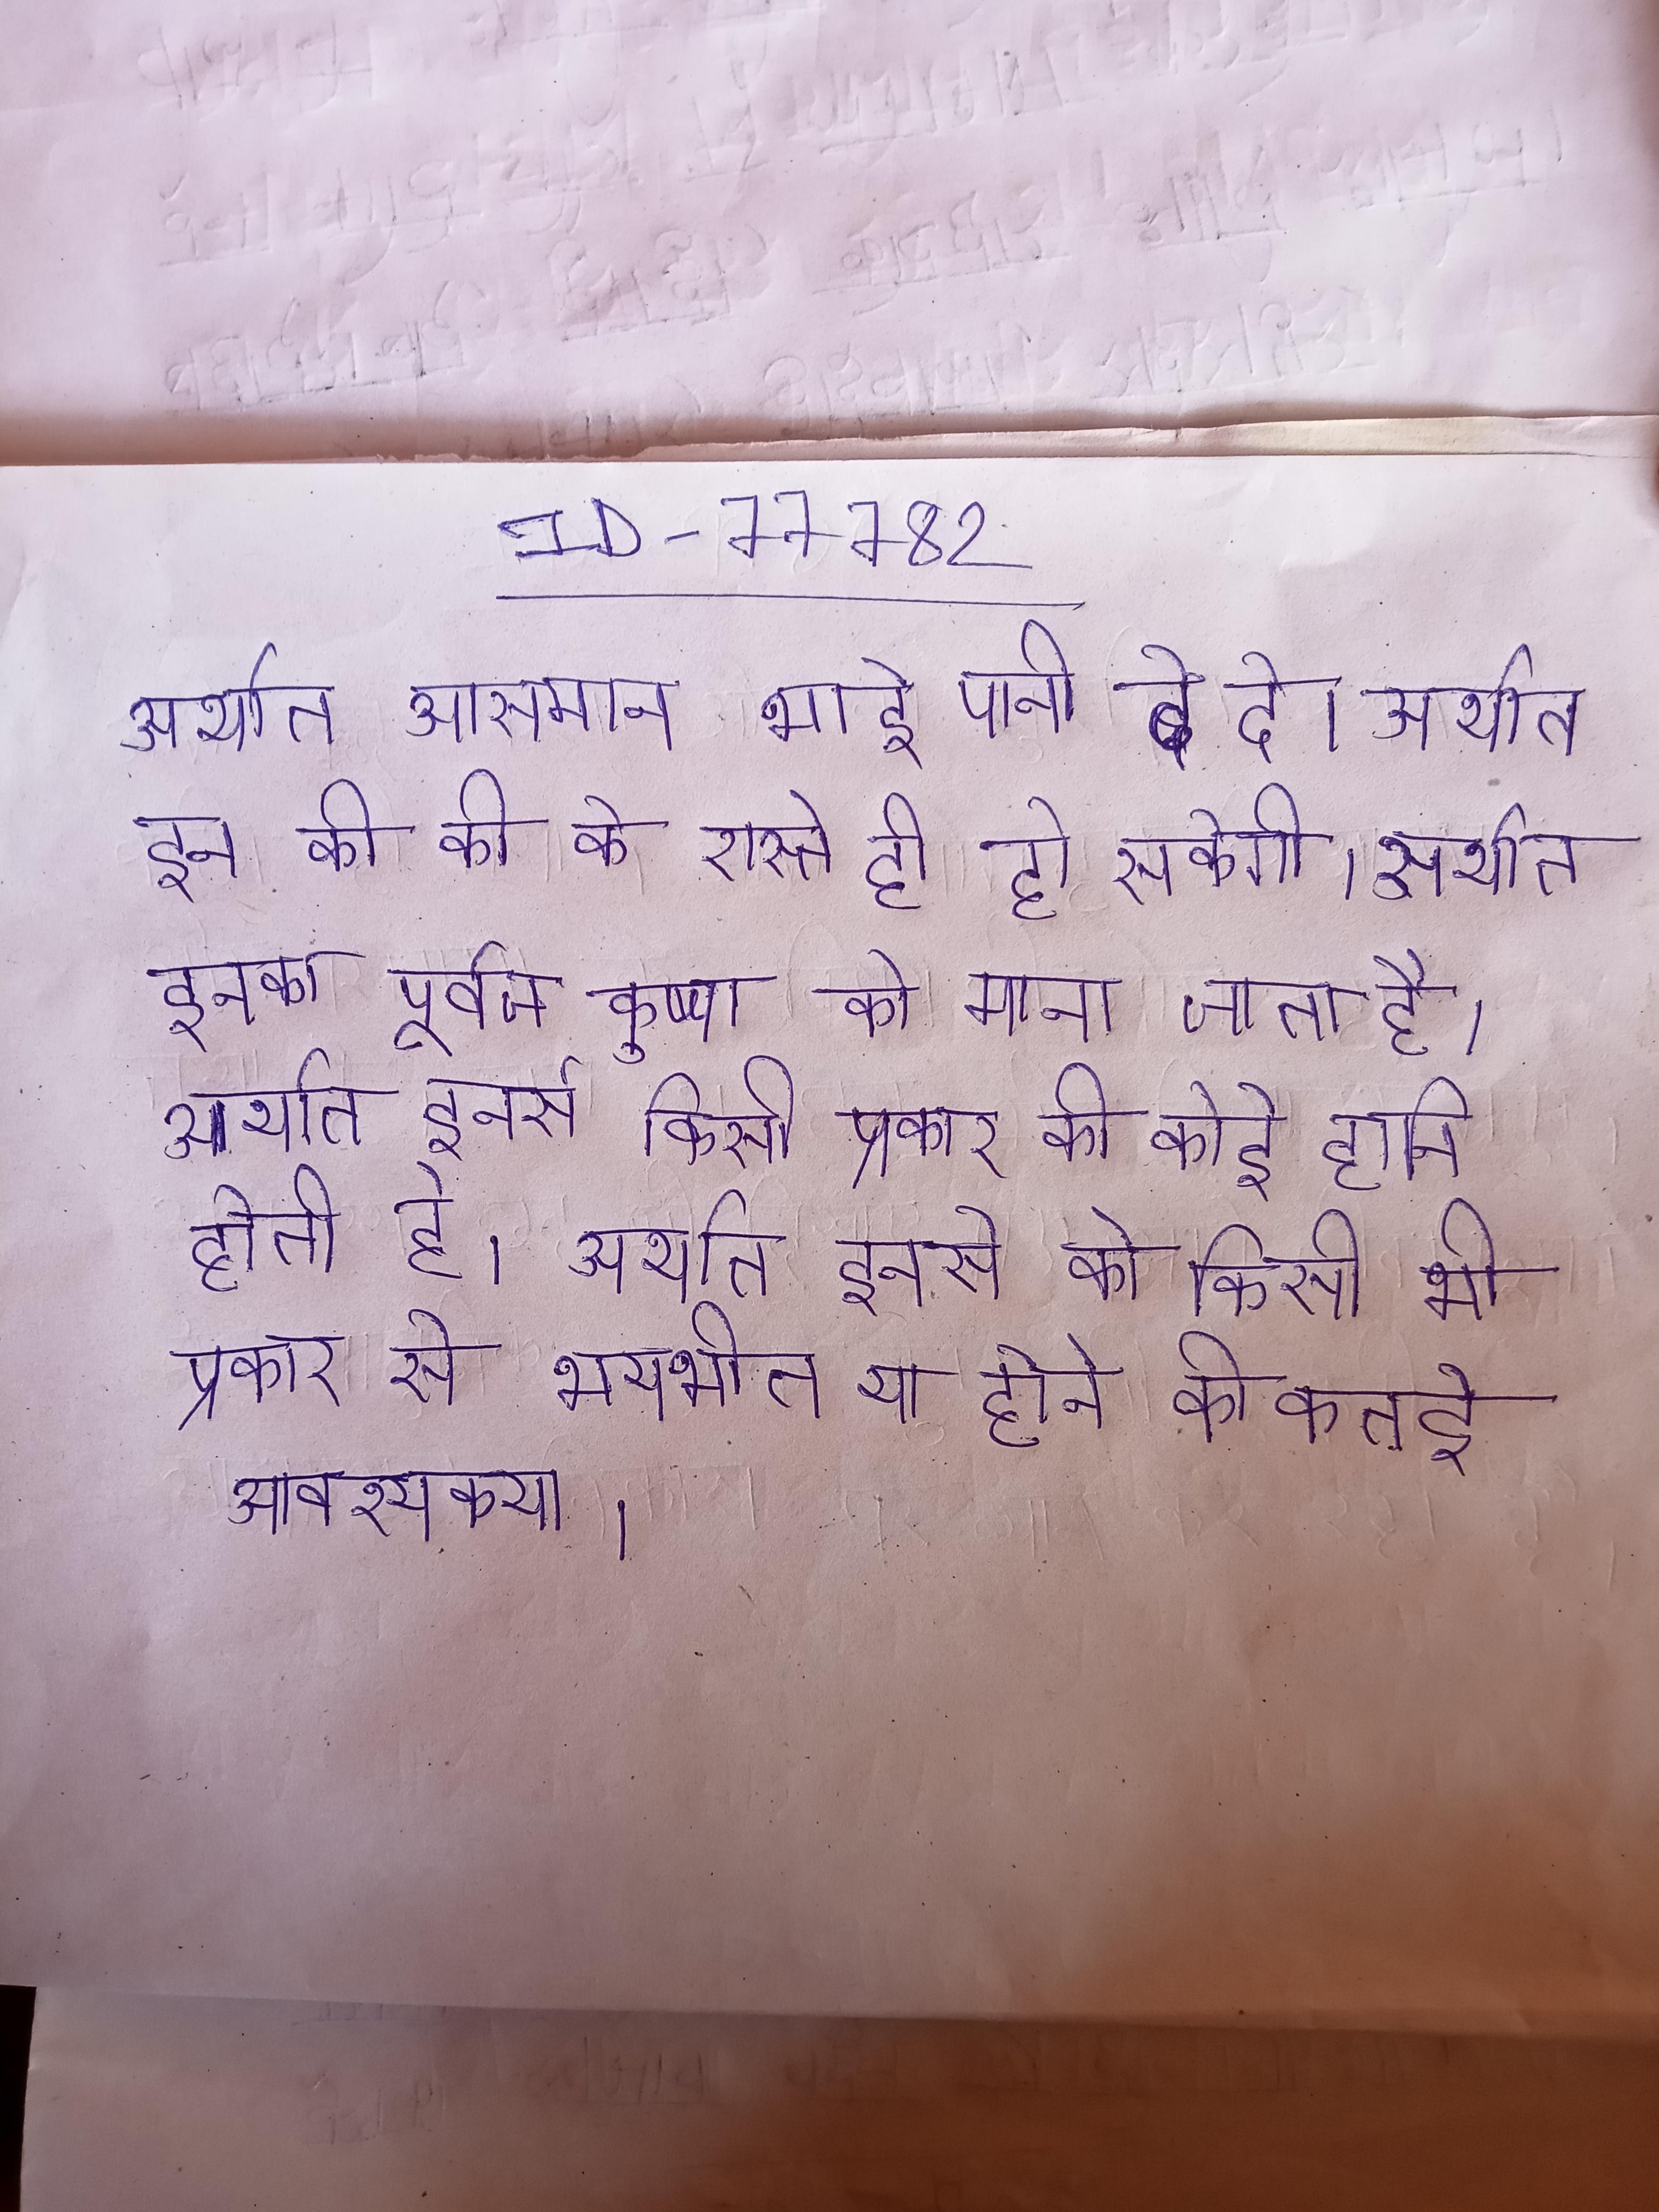
अर्थात आसमान भाई पानी दे दे । अर्थात इन की की के रास्ते ही हो सकेगी । अर्थात इनका पूर्वज कृष्ण को माना जाता है । अर्थात इनसे किसी प्रकार की कोई हानि होती है । अर्थात इनसे को किसी भी प्रकार से भयभीत या होने की कतई आवश्यकता ।